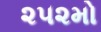
૨૫૨મો